Plague in India, 1896, 1897 - Volume 2
Year: 1896
Disease focus: Plague
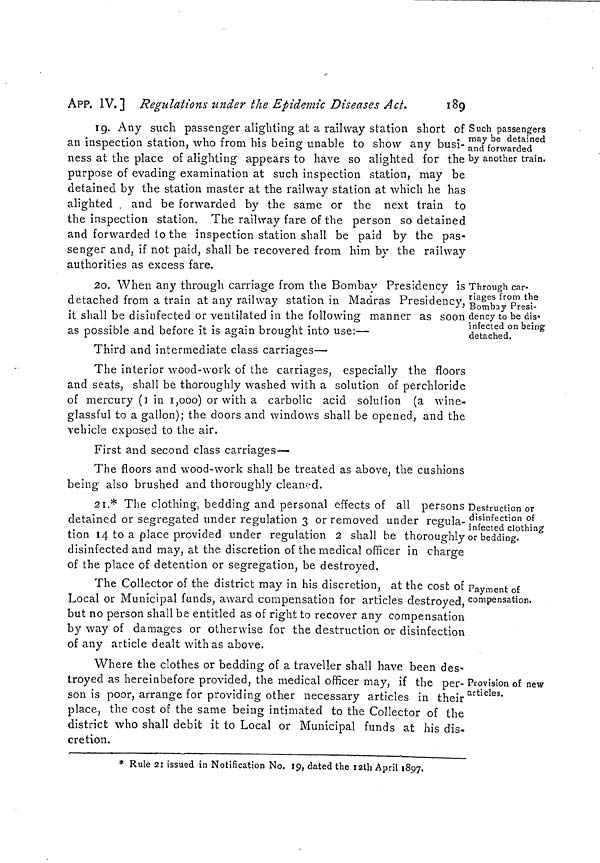
APP. IV.] Regulations under the Epidemic Diseases Act.
189
Such passengers
may be detained
and forwarded
by another train.
19. Any such passenger alighting at a railway station short of
an inspection station, who from his being unable to show any busi-
ness at the place of alighting appears to have so alighted for the
purpose of evading examination at such inspection station, may be
detained by the station master at the railway station at which he has
alighted . and be forwarded by the same or the next train to
the inspection station. The railway fare of the person so detained
and forwarded to the inspection station shall be paid by the pas-
senger and, if not paid, shall be recovered from him by the railway
authorities as excess fare.
Through car-
riages from the
Bombay Presi-
dency to be dis«
infected on being
detached.
20. When any through carriage from the Bombay Presidency is
detached from a train at any railway station in Madras Presidency,
it shall be disinfected or ventilated in the following manner as soon
as possible and before it is again brought into use:—
Third and intermediate class carriages—
The interior wood-work of the carnages, especially the floors
and seats, shall be thoroughly washed with a solution of perchloride
of mercury (1 in 1,000) or with a carbolic acid solution (a wine-
glassful to a gallon); the doors and windows shall be opened, and the
vehicle exposed to the air.
First and second class carriages—
The floors and wood-work shall be treated as above, the cushions
being also brushed and thoroughly cleaned.
Destruction or
disinfection of
infected clothing
or bedding.
21.* The clothing, bedding and personal effects of all persons
detained or segregated under regulation 3 or removed under regula
tion 14 to a place provided under regulation 2 shall be thoroughly
disinfected and may, at the discretion of the medical officer in charge
of the place of detention or segregation, be destroyed.
Payment of
compensation.
The Collector of the district may in his discretion, at the cost of
Local or Municipal funds, award compensation for articles destroyed,
but no person shall be entitled as of right to recover any compensation
by way of damages or otherwise for the destruction or disinfection
of any article dealt with as above.
Provision of new
articles.
Where the clothes or bedding of a traveller shall have been des-
troyed as hereinbefore provided, the medical officer may, if the per-
son is poor, arrange for providing other necessary articles in their
place, the cost of the same being intimated to the Collector of the
district who shall debit it to Local or Municipal funds at his dis-
cretion.
* Rule 21 issued in Notification No. 19, dated the I2th April 1897.